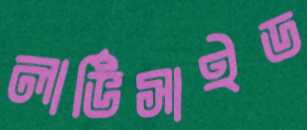
লার্ভিসাইড